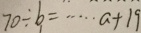
7 0 \div b = \cdots a + 1 9